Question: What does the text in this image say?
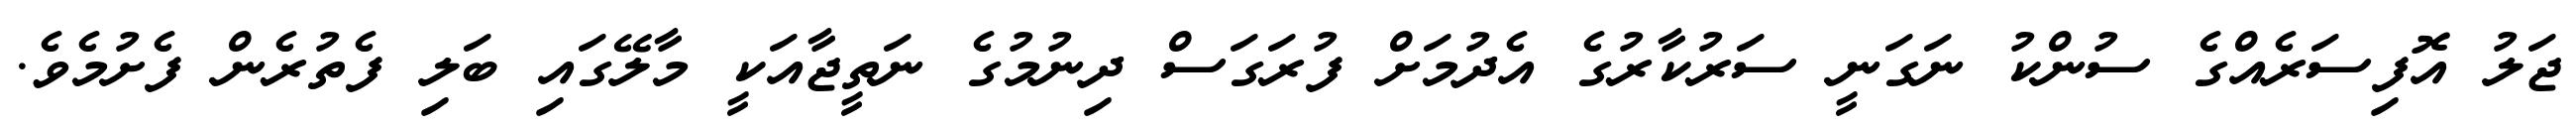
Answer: ޖަލު އޮފިސަރެއްގެ ސުންކު ނަގަނީ ސަރުކާރުގެ އެދުމަށް ފުރަގަސް ދިނުމުގެ ނަތީޖާއަކީ މާލޭގައި ބަލި ފެތުރެން ފެށުމެވެ.